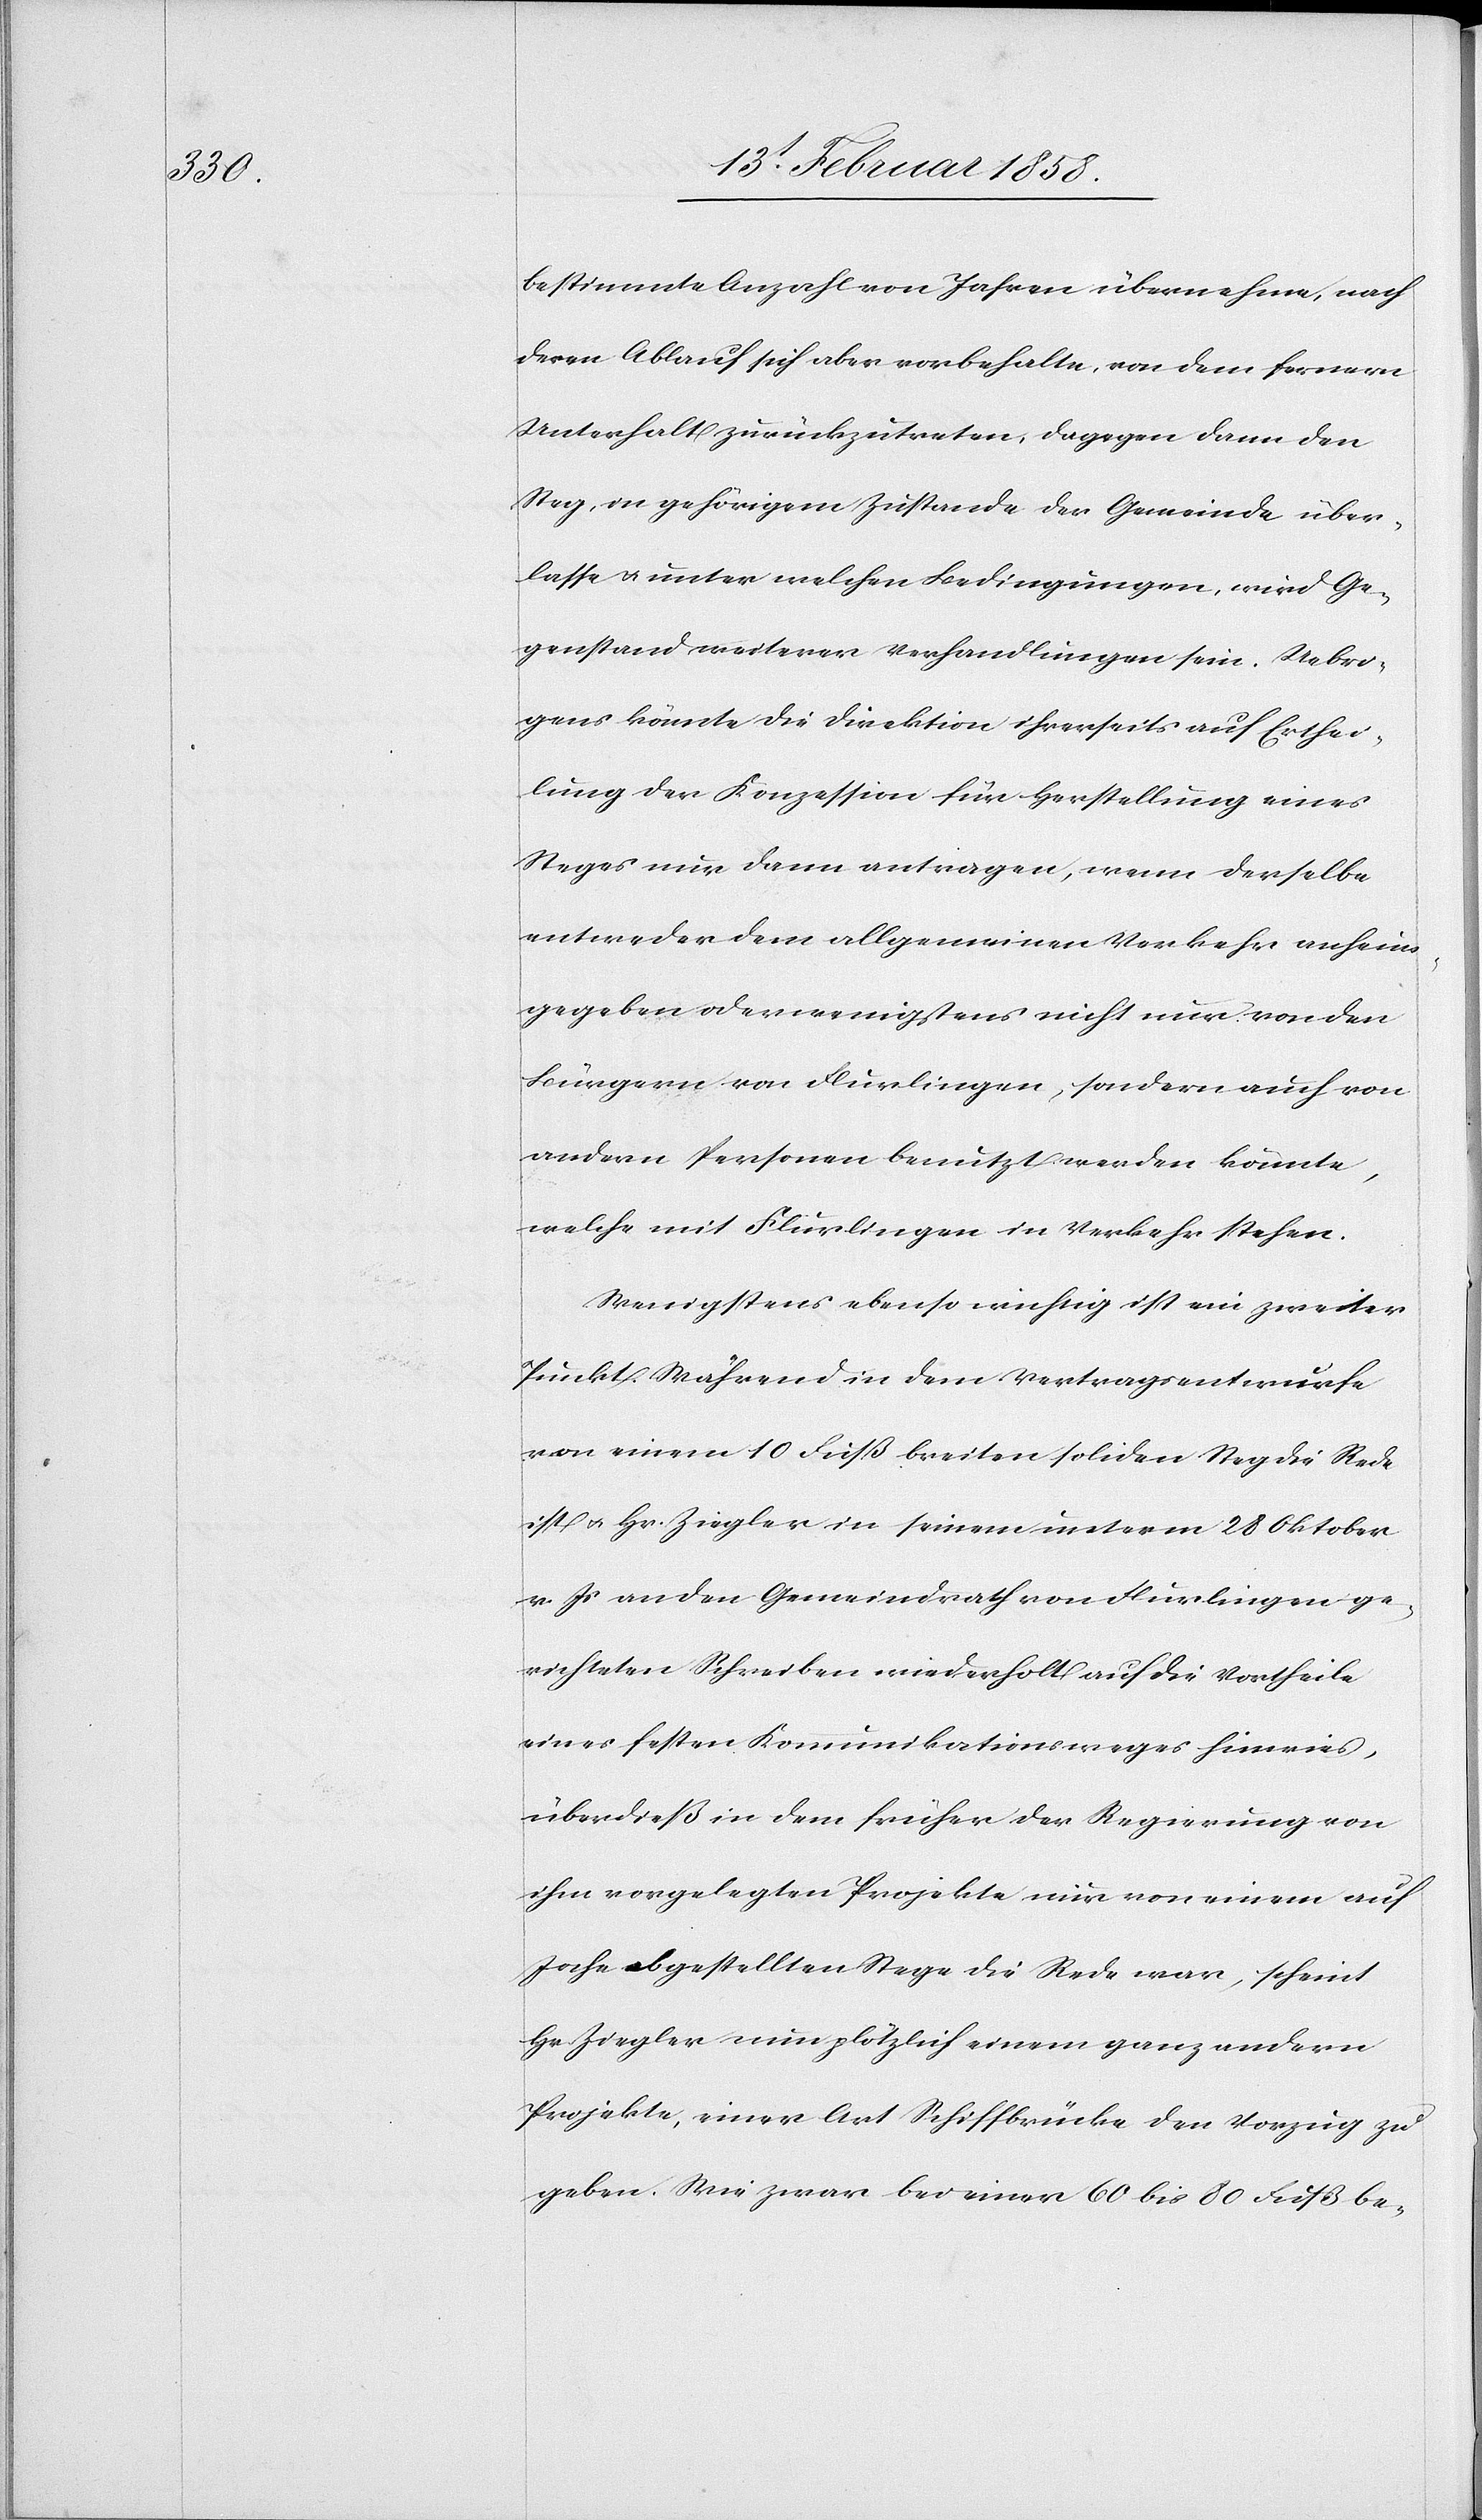
bestimmte Anzahl von Jahren übernehme, nach
deren Ablauf sich aber vorbehalte, von dem fernern
Unterhalt zurückzutreten, dagegen dann den
Steg, in gehörigem Zustande der Gemeinde über¬
lasse u. unter welchen Bedingungen, wird Ge¬
genstand weiterer Verhandlungen sein. Uebri¬
gens könnte die Direktion ihrerseits auf Erthei¬
lung der Konzession für Herstellung eines
Steges nur dann antragen, wenn derselbe
entweder dem allgemeinen Verkehr anheim¬
gegeben oder wenigstens nicht nur von den
Bürgern von Flurlingen, sondern auch von
andern Personen benutzt werden könnte,
welche mit Flurlingen in Verkehr stehen.
Wenigstens ebenso wichtig ist ein zweiter
Punkt. Während in dem Vertragsentwurfe
von einem 10 Fuß breiten soliden Steg die Rede
ist u. Hr. Ziegler in seinem unterm 28 Oktober
v. Js. an den Gemeindrath von Flurlingen ge¬
richteten Schreiben wiederholt auf die Vortheile
eines festen Kommunikationsweges hinwies,
überdieß in dem früher der Regierung von
ihm vorgelegten Projekte nur von einem auf
Joche abgestellten Stege die Rede war, scheint
Hr. Ziegler nun plötzlich einem ganz andern
Projekte, einer Art Schiffbrücke den Vorzug zu
geben. Wie zwar bei einer 60 bis 80 Fuß be-